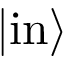
| { \mathrm { i n } } \rangle